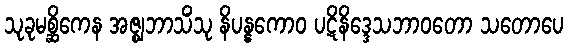
သုခုမစ္ဆိကေန အဇ္ဈဘာသိံသု နိပန္နကောဝ ပဋိနိဒ္ဒေသဘာဝတော သတောပေ